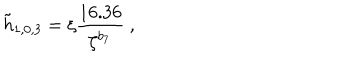
LaTeX: \tilde { h } _ { 1 , 0 , 3 } = \xi \frac { 1 6 . 3 6 } { \zeta ^ { b _ { 7 } } } \ ,